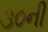
૩૦ની